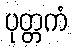
ပုတ္တကံ